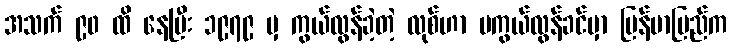
အသက် ၉၀ ထိ နေပြီး ၁၉၇၉ မှ ကွယ်လွန်ခဲ့တဲ့ လုစ်ဟာ မကွယ်လွန်ခင်မှာ မြန်မာပြည်က